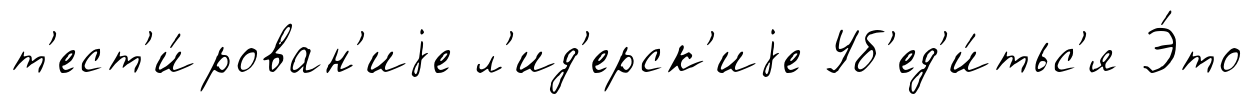
т'ест'и́рован'иjе л'ид'ерск'иjе Уб'ед'и́тьс'я Э́то